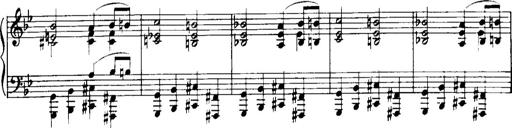
Title: Historische ungarische Bildnisse
Composer: Franz Liszt